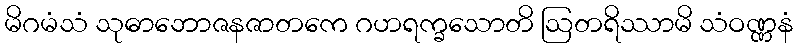
မိဂမံသံ သုဓာဘောဇနဇာတကေ ဂဟရက္ခသောတိ ဩတရိဿာမိ သံဝဏ္ဏနံ